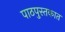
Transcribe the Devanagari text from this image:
पाठपुस्तकात